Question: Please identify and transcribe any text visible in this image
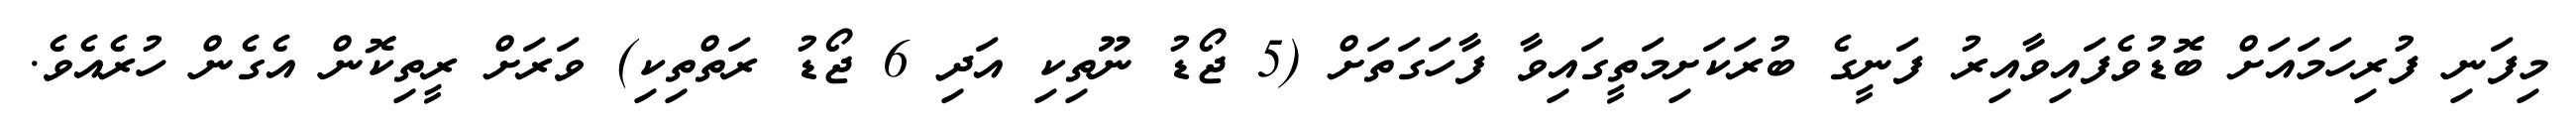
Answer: މިފަނި ފުރިހަމައަށް ބޮޑުވެފައިވާއިރު ފަނީގެ ބުރަކަށިމަތީގައިވާ ފާހަގަތަށް (5 ޖޯޑު ނޫތިކި އަދި 6 ޖޯޑު ރަތްތިކި) ވަރަށް ރީތިކޮން އެގެން ހުރެއެވެ.